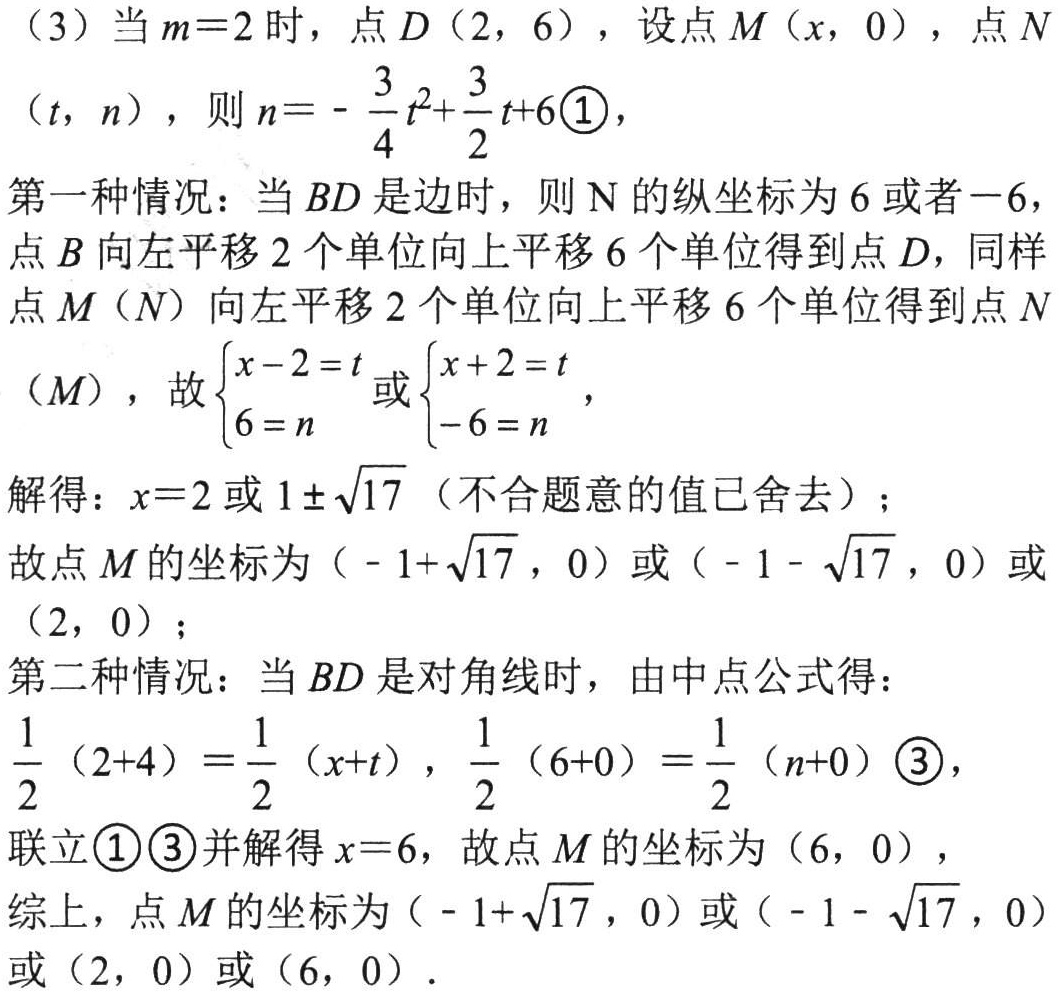
（3）当\(m = 2\)时，点\(D(2,6)\)，设点\(M(x,0)\)，点\(N(t,n)\)，则\(n=-\frac{3}{4}t^{2}+\frac{3}{2}t + 6\enclose{circle}{1}\)，
第一种情况：当\(BD\)是边时，则\(N\)的纵坐标为\(6\)或者\(-6\)，点\(B\)向左平移\(2\)个单位向上平移\(6\)个单位得到点\(D\)，同样点\(M(N)\)向左平移\(2\)个单位向上平移\(6\)个单位得到点\(N(M)\)，故\(\begin{cases}x - 2 = t\\6 = n\end{cases}\)或\(\begin{cases}x + 2 = t\\-6 = n\end{cases}\)，
解得：\(x = 2\)或\(1\pm\sqrt{17}\)（不合题意的值已舍去）；
故点\(M\)的坐标为\((-1 + \sqrt{17},0)\)或\((-1-\sqrt{17},0)\)或\((2,0)\)；
第二种情况：当\(BD\)是对角线时，由中点公式得：
\(\frac{1}{2}(2 + 4)=\frac{1}{2}(x + t)\)，\(\frac{1}{2}(6 + 0)=\frac{1}{2}(n + 0)\enclose{circle}{3}\)，
联立\(\enclose{circle}{1}\enclose{circle}{3}\)并解得\(x = 6\)，故点\(M\)的坐标为\((6,0)\)，
综上，点\(M\)的坐标为\((-1 + \sqrt{17},0)\)或\((-1-\sqrt{17},0)\)或\((2,0)\)或\((6,0)\)．